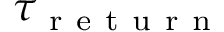
\tau _ { \mathrm { ~ r ~ e ~ t ~ u ~ r ~ n ~ } }